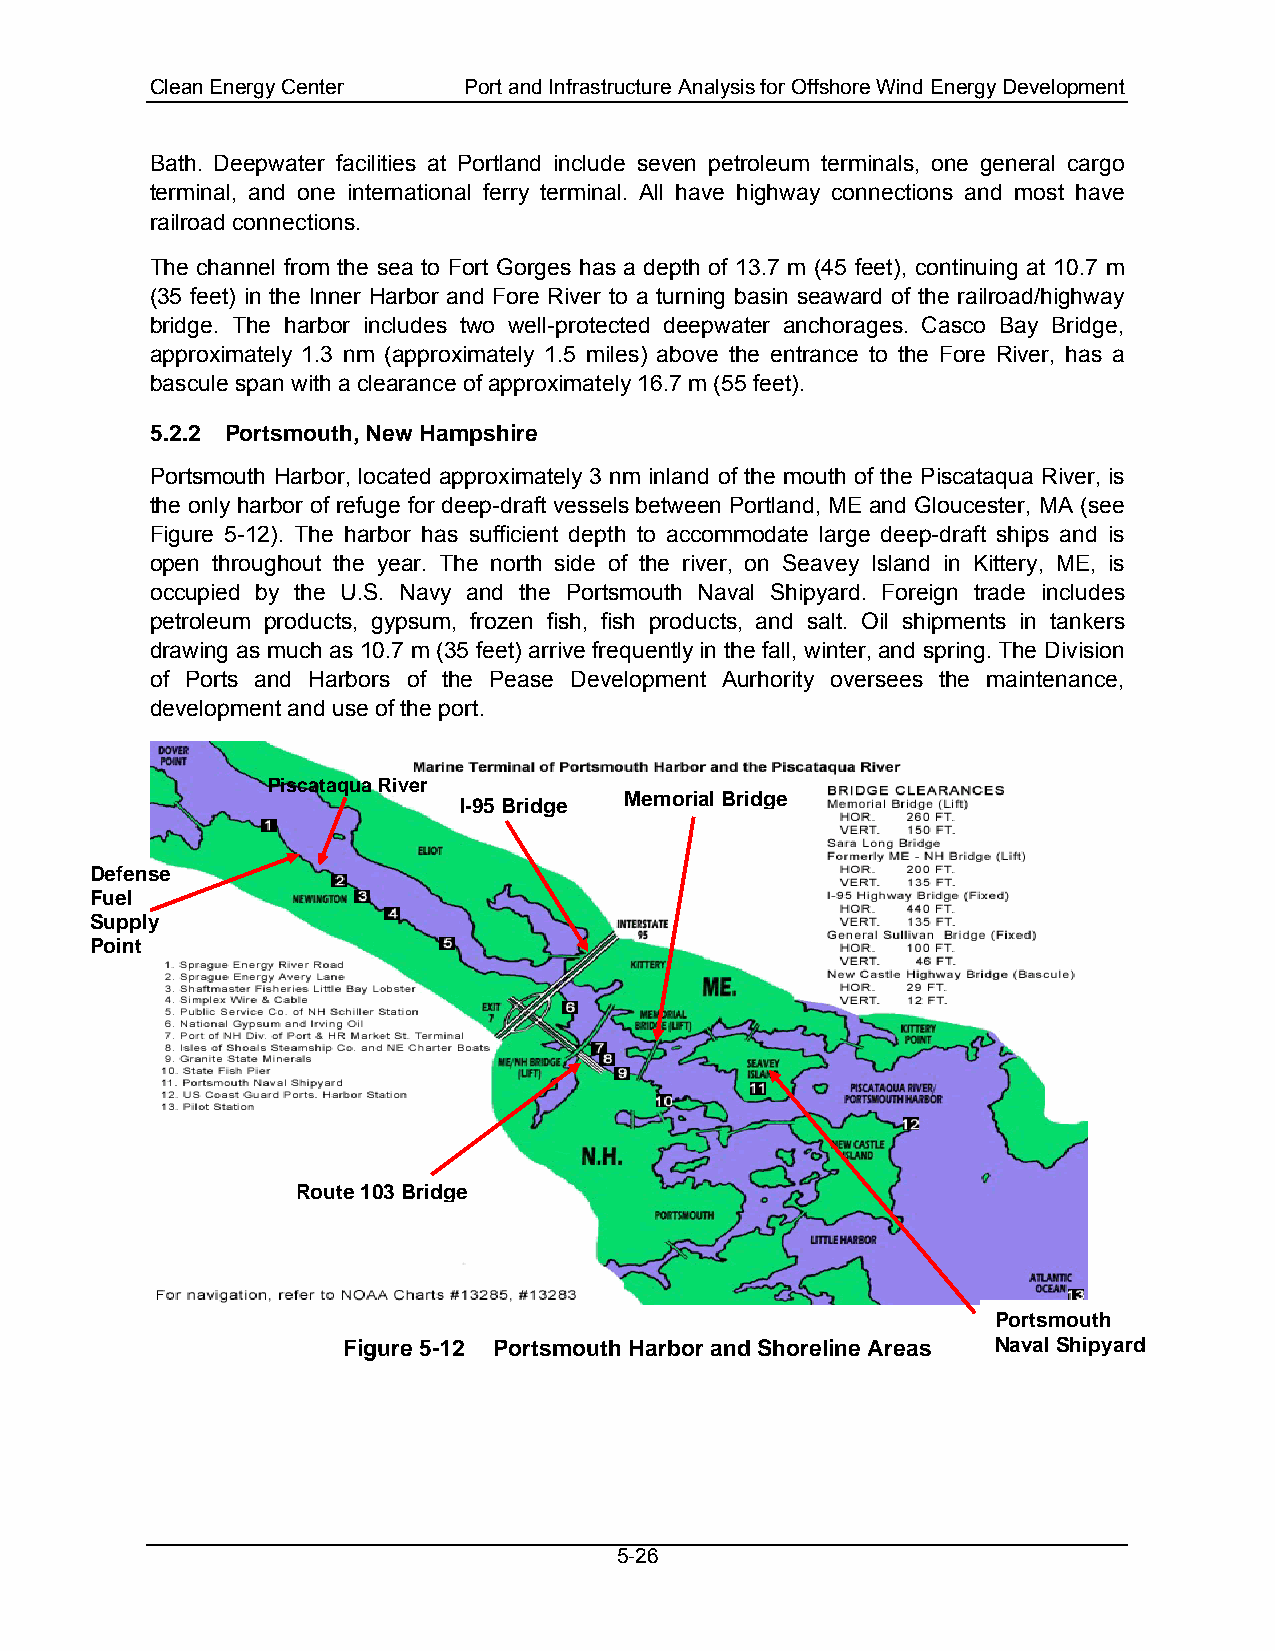
Clean Energy Center  Port and Infrastructure Analysis for Offshore Wind Energy Development
 Bath. Deepwater facilities at Portland include seven petroleum terminals, one general cargo
 terminal, and one international ferry terminal. All have highway connections and most have
 railroad connections.
 The channel from the sea to Fort Gorges has a depth of 13.7 m (45 feet), continuing at 10.7 m
 (35 feet) in the Inner Harbor and Fore River to a turning basin seaward of the railroad/highway
 bridge. The harbor includes two well-protected deepwater anchorages. Casco Bay Bridge,
 approximately 1.3 nm (approximately 1.5 miles) above the entrance to the Fore River, has a
 bascule span with a clearance of approximately 16.7 m (55 feet).
 5.2.2 Portsmouth, New Hampshire
 Portsmouth Harbor, located approximately 3 nm inland of the mouth of the Piscataqua River, is
 the only harbor of refuge for deep-draft vessels between Portland, ME and Gloucester, MA (see
 Figure 5-12). The harbor has sufficient depth to accommodate large deep-draft ships and is
 open throughout the year. The north side of the river, on Seavey Island in Kittery, ME, is
 occupied by the U.S. Navy and the Portsmouth Naval Shipyard. Foreign trade includes
 petroleum products, gypsum, frozen fish, fish products, and salt. Oil shipments in tankers
 drawing as much as 10.7 m (35 feet) arrive frequently in the fall, winter, and spring. The Division
 of Ports and Harbors of the Pease Development Aurhority oversees the maintenance,
 development and use of the port.
 Piscataqua River
 Memorial Bridge
 I-95 Bridge
 Defense
 Fuel
 Supply
 Point
 Route 103 Bridge
 Portsmouth
 Figure 5-12 Portsmouth Harbor and Shoreline Areas Naval Shipyard
 5-26